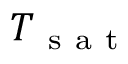
T _ { \mathrm { ~ s ~ a ~ t ~ } }